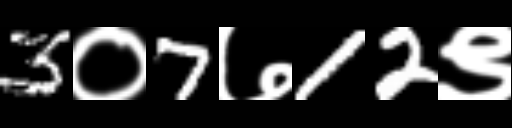
Text: 3०7७12९